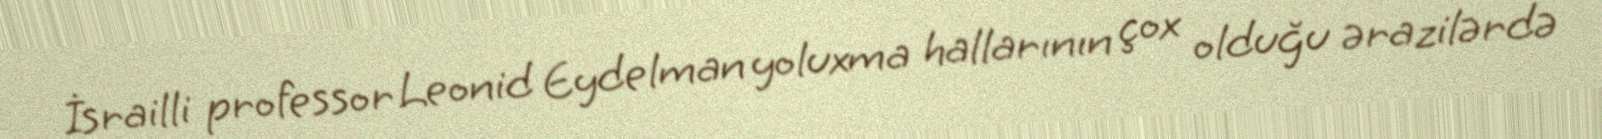
İsrailli professor Leonid Eydelman yoluxma hallarının çox olduğu ərazilərdə